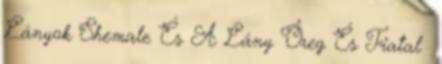
Lányok Shemale És A Lány Őreg És Fiatal